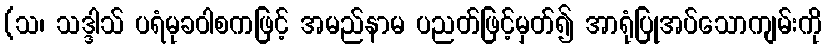
(သ၊ သဒ္ဒါသ် ပရံမုခဝါစကဖြင့် အမည်နာမ ပညတ်ဖြင့်မှတ်၍ အာရုံပြုအပ်သောကျမ်းကို